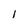
Character: I